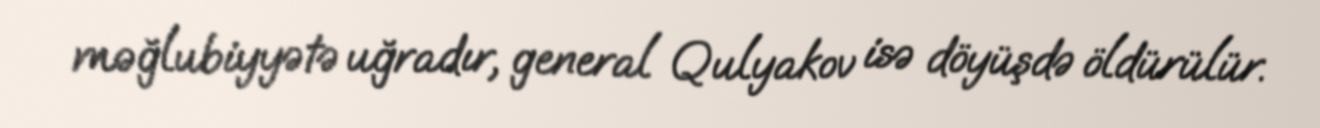
məğlubiyyətə uğradır, general Qulyakov isə döyüşdə öldürülür.